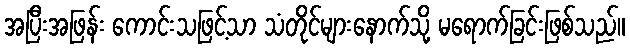
အပြီးအဖြန်း ကောင်းသဖြင့်သာ သံတိုင်များနောက်သို့ မရောက်ခြင်းဖြစ်သည်။